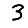
Digit: 3